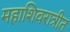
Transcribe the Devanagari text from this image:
महाशिवरात्रीत